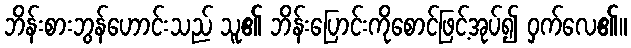
ဘိန်းစားဘွန်ဟောင်းသည် သူ၏ ဘိန်းပြောင်းကိုစောင်ဖြင့်အုပ်၍ ဝှက်လေ၏။